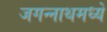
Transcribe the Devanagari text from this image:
जगन्‍नाथमध्ये